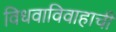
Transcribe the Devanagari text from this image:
विधवाविवाहाची